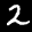
Label: 2